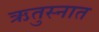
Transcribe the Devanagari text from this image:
ऋतुस्नात